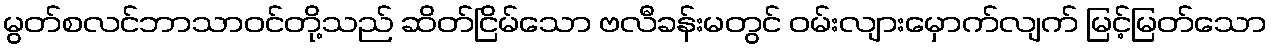
မွတ်စလင်ဘာသာဝင်တို့သည် ဆိတ်ငြိမ်သော ဗလီခန်းမတွင် ဝမ်းလျားမှောက်လျက် မြင့်မြတ်သော